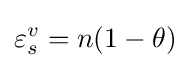
\varepsilon _{s}^{v}=n(1-\theta )